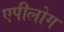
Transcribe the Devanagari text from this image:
एपीलोग